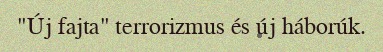
"Új fajta" terrorizmus és új háborúk.